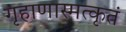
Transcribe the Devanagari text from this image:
गृहाणास्मत्कृतं